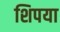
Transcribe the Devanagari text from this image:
शिपया